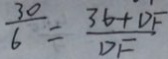
\frac { 3 0 } { 6 } = \frac { 3 6 + D F } { D F }